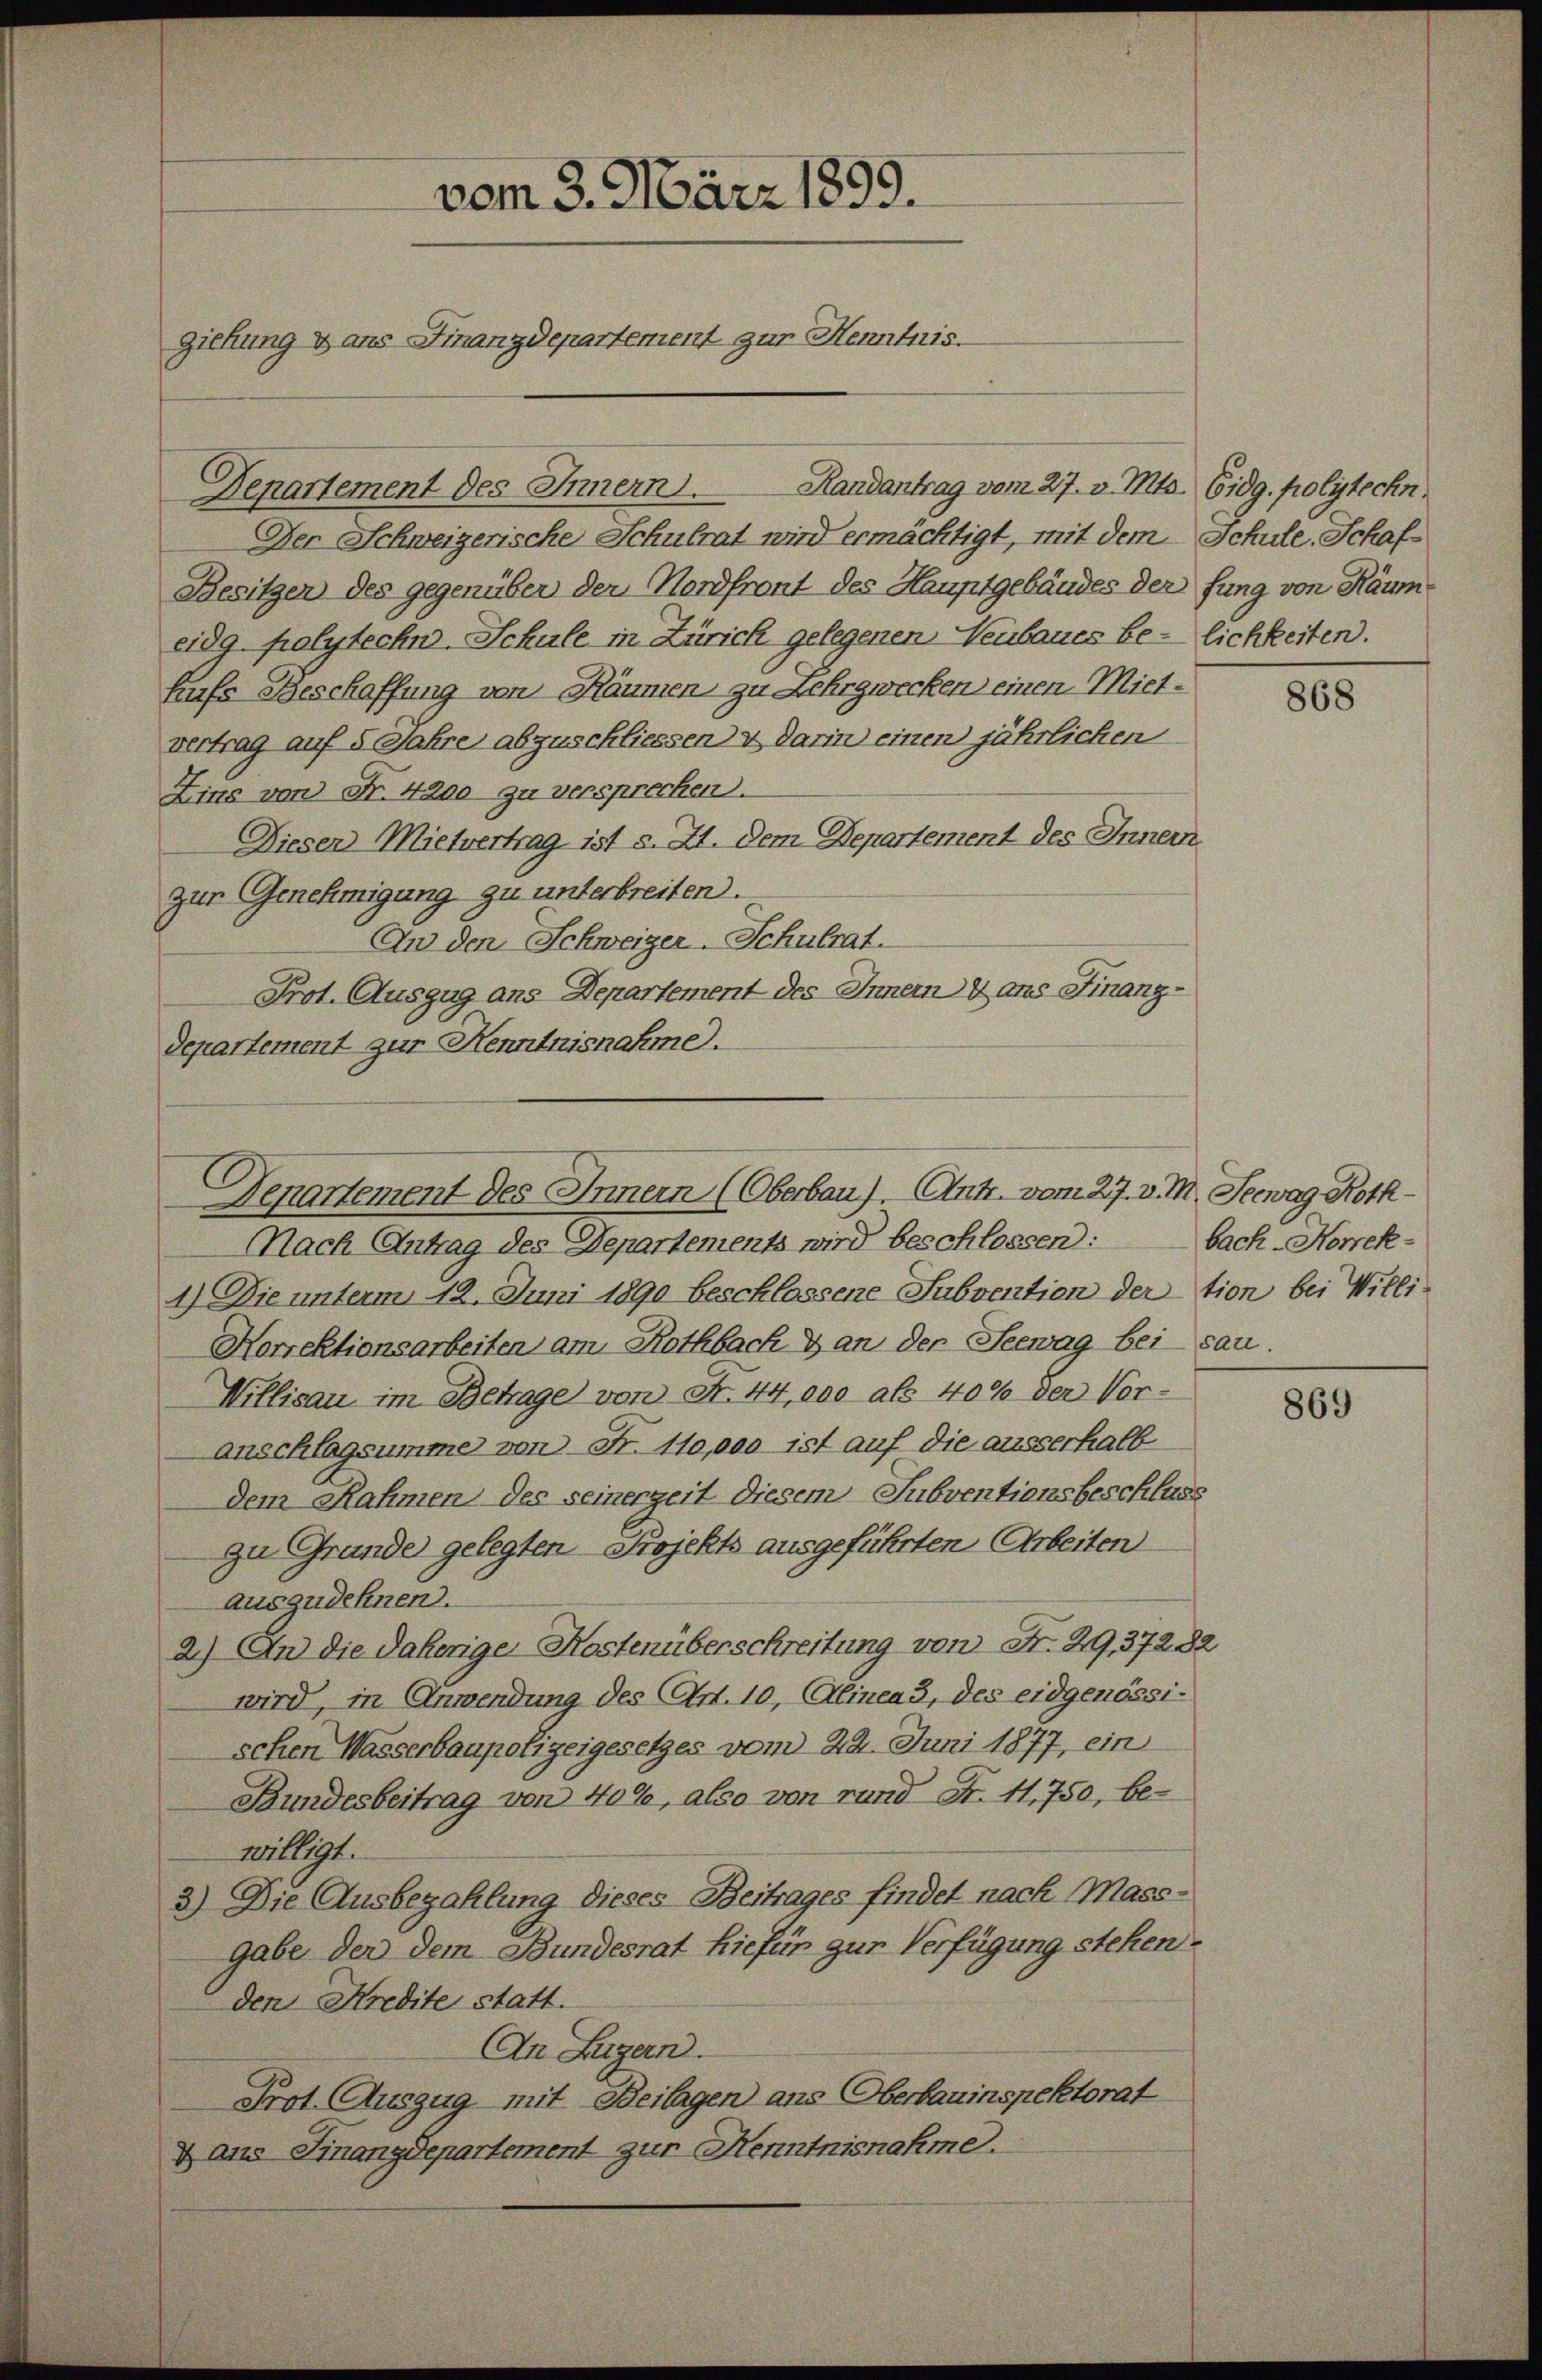
vom 3. März 1899.
ziehung & ans Finanzdepartement zur Henntnis.

Der Schweizerische Schulrat wird ermächtigt, mit dem Schule. Schaf¬
Besitzen des gegenüber der Nordfront des Hauptgebäudes der fung von Räumeidg polytechn-Schule in Zürich gelegenen Neubaues be- lichkeiten.
hufs Beschaffung von Räumen zu Lehrgwecken einen Miet-
vertrag auf 5 Jahre abzuschliessen & darin einen jährlichen
Zins von Fr. 4200 zu versprechen.
Dieser Mietvertrag ist s. 21. Dem Departement des Innern.
zur Genehmigung zu unterbreiten.
An den Schweizer-Schulrat.
Prot. Auszug aus Departement des Innern 4 aus Finanz-
departement zur Kenntnisnahme.

Genartement des Innern. Handantrag vom 27. v. Mts. Eidg. polytechn

Denartement des Innern (Oberbau). Antr. vom 27. v. M. Seewag Roth¬

Nach Antrag des Departements wird beschlossen:
1.) Die unterm 12. Juni 1890 beschlossene Subvention der tion bei Willi¬
Horrektionsarbeiten am Rothbach & an der Seewag bei san.
Willisau im Betrage von S. 44, en als 40% der Vor-
Anschlagsumme von Fr. 110,000 ist auf die ausserhalb
Dem Rahmen des seinerzeit diesem Subventionsbeschluss
zu Grunde gelegten Projekts ausgeführten Arbeiten
auszudehnen.
2.) An die Jaherige Kostenüberschreitung von Fr. 29,37282
wird, in Anwendung des Art. 10, Alinea 3, des eidgenössischen Wasserbaupolizeigesetzes vom 22. Juni 1877, ein
Bundesbeitrag von 400, also von rund Fr. 41,750, bewilligt.
3) Die Ausbezahlung dieses Beitrages findet nach Mass-
gabe der dem Bundesrat hiefür zur Verfügung stehen.
den Kredite statt.
An Luzern.
Prot. Auszug mit Beilagen ans Oberbauinspektorat
x ans Finanzdepartement zur Kenntnisnahme.

868

bach-Kowek-

869